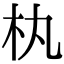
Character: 𣏒